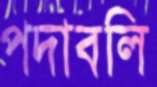
পদাবলি